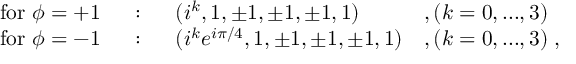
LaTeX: \begin{array} { l l l l } { { \mathrm { f o r ~ } \phi = + 1 } } & { { ~ : ~ } } & { { ( i ^ { k } , 1 , \pm 1 , \pm 1 , \pm 1 , 1 ) } } & { { , ( k = 0 , . . . , 3 ) } } \\ { { \mathrm { f o r ~ } \phi = - 1 } } & { { ~ : ~ } } & { { ( i ^ { k } e ^ { i \pi / 4 } , 1 , \pm 1 , \pm 1 , \pm 1 , 1 ) } } & { { , ( k = 0 , . . . , 3 ) \; , } } \end{array}